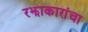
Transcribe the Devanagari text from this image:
रझाकारांचा